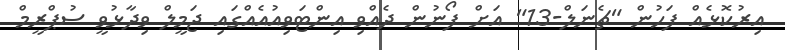
އިރުކޮޅެއް ފަހުން "ޗެނަލް-13" އަށް ފޯނުން ދެއްވި އިންޓަވިއުއެއްގައި ޖަމީލް ވިދާޅުވީ ސުޕްރީމް